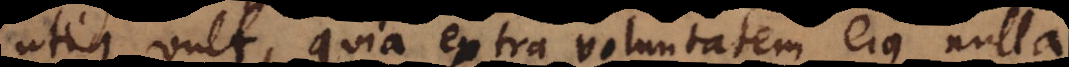
utique vult, quia extra voluntatem ejus nulla